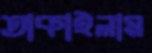
তাকাইলাম